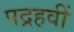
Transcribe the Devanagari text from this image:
पद्रहवीं